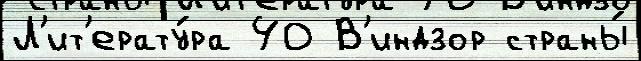
Л'ит'ерату́ра 40 В'индзор страны́